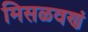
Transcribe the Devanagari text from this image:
मिसळवणं